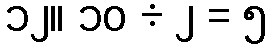
၁၂။ ၁၀ ÷ ၂ = ၅